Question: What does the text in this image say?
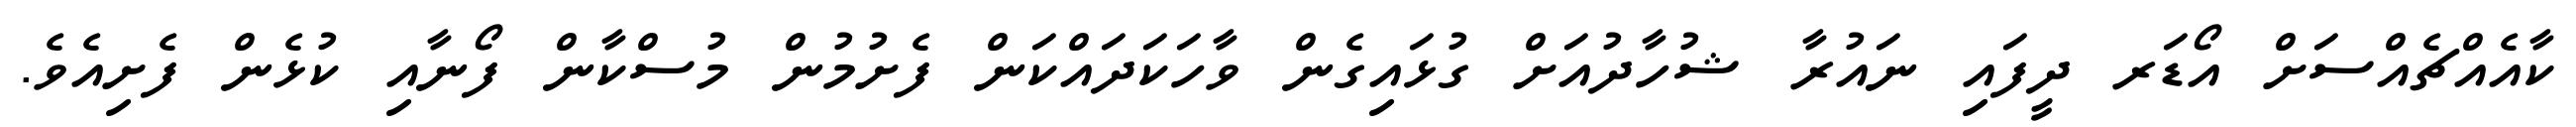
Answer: ކާއެއްޗެއްސަށް އޯޑަރ ދީފައި ނައުރާ ޝުހާދުއަށް ގުޅައިގެން ވާހަކަދައްކަން ފެށުމުން މުސްކާން ފޯނާއި ކުޅެން ފެށިއެވެ.